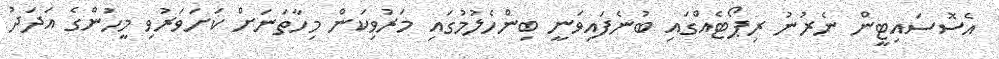
އެސޮސައިޓީން ނެރުނު ރިޕޯޓެއްގައި ބުނެފައިވަނީ ބިންހެލުމުގައި މަރުވިކަން މިހާތަނަށް ކަށަވަރުވި މީހުންގެ އަދަދު